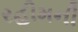
રહીમની